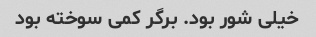
خیلی شور بود. برگر کمی سوخته بود